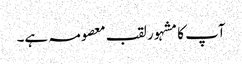
آپ کا مشہور لقب معصومہ ہے۔